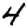
Digit: 4